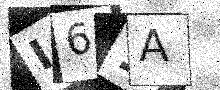
Text: I61A